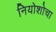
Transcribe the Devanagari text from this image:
नियोशोचा